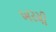
ખરચી